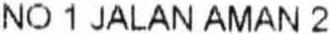
NO 1 JALAN AMAN 2